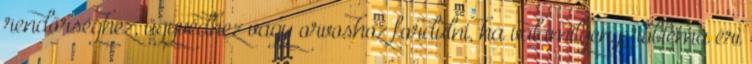
rendőrséghez, ügyvédhez vagy orvoshoz fordulni, ha valamilyen probléma éri